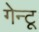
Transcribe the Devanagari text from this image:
गेन्टू